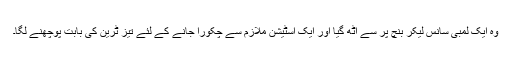
وہ ایک لمبی سانس لیکر بنچ پر سے اٹھ گیا اور ایک اسٹیشن ملازم سے چکورا جانے کے لئے تیز ٹرین کی بابت پوچھنے لگا۔